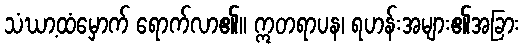
သံဃာ့ထံမှောက် ရောက်လာ၏။ ဣတရာပန၊ ရဟန်းအများ၏အခြား